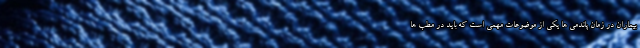
بیماران در زمان پاندمی ها یکی از موضوعات مهمی است که باید در مطب ها